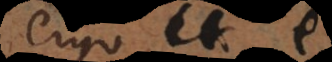
ergo e +